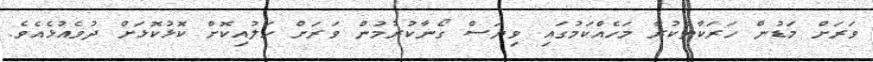
ވަަރަށް މަޑުން ހަރަކާތްކުރާ މަހެއްކަމުގައި ވިޔަސް ގޯނާކުރުމުން ވަރަށް ހަލުއިކޮށް ކޮޅުކޮޅަށް ދުވެއުޅެއެވެ.